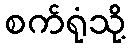
စက်ရုံသို့